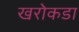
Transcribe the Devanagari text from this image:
खरोकडा